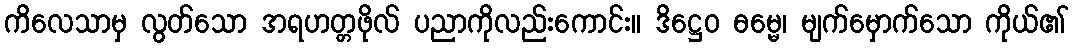
ကိလေသာမှ လွတ်သော အရဟတ္တဖိုလ် ပညာကိုလည်းကောင်း။ ဒိဋ္ဌေဝ ဓမ္မေ၊ မျက်မှောက်သော ကိုယ်၏